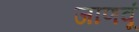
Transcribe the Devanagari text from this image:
जाणवूं